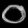
Digit: ၀